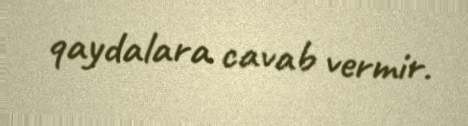
qaydalara cavab vermir.